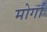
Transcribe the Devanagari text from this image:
मोर्गा